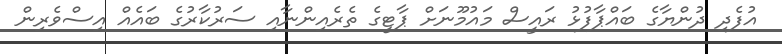
އުފެދި ދުންޔާގެ ބައްޕާފުޅު ރައީސް މަައުމޫނަށް ޕާޓީގެ ތެރެއިންނާއި ސަރުކާރުގެ ބައެއް އިސްވެރިން